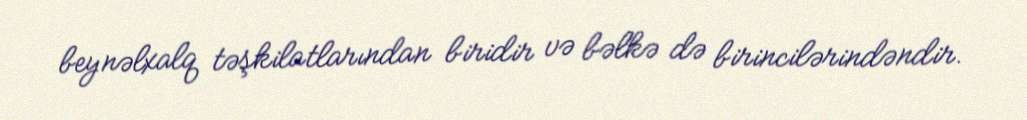
beynəlxalq təşkilatlarından biridir və bəlkə də birincilərindəndir.